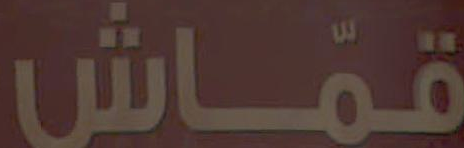
قماش